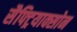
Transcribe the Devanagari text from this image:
सैफ्ट्रियाक्सोन